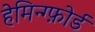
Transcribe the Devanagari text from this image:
हेमिन्ग्फ़ोर्ड